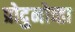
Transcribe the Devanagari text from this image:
प्रोदुनोव्हा